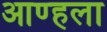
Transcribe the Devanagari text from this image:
आण्हला